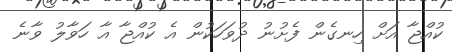
ކުއްޖާ އަށް ހިނގެން ފެށުނު ދުވަހަކުން އެ ކުއްޖާ އާ ހަވާލު ވާނެ